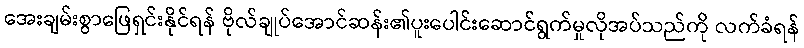
အေးချမ်းစွာဖြေရှင်းနိုင်ရန် ဗိုလ်ချုပ်အောင်ဆန်း၏ပူးပေါင်းဆောင်ရွက်မှုလိုအပ်သည်ကို လက်ခံရန်